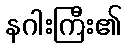
နဂါးကြီး၏